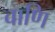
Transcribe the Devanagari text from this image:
वाणि